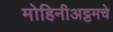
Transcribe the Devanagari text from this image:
मोहिनीअट्टमचे